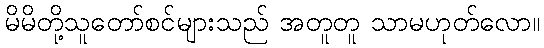
မိမိတို့သူတော်စင်များသည် အတူတူ သာမဟုတ်လော။